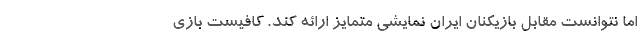
اما نتوانست مقابل بازیکنان ایران نمایشی متمایز ارائه کند. کافیست بازی